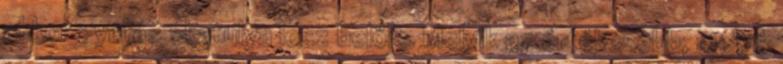
akkor gyufás skatulya lesz belőle. Melyik az értékesebb, melyik